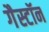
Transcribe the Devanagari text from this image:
गैस्टॉन